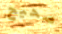
صحيح